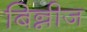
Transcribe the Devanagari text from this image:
बिन्नीज